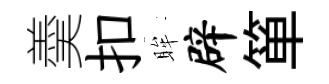
羮扣眸辟箪